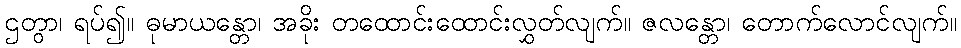
ဌတွာ၊ ရပ်၍။ ဓုမာယန္တော၊ အခိုး တထောင်းထောင်းလွှတ်လျက်။ ဇလန္တော၊ တောက်လောင်လျက်။